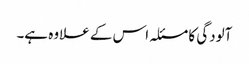
آلودگی کا مسئلہ اس کے علاوہ ہے۔